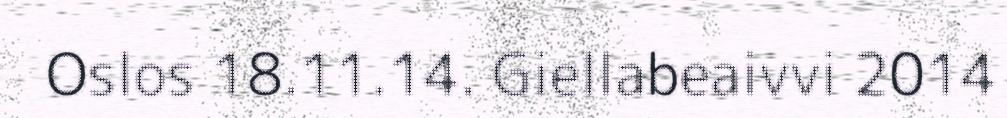
Oslos 18.11.14. Giellabeaivvi 2014